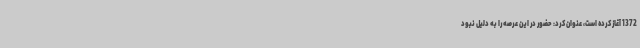
1372 آغاز کرده ‌است، عنوان کرد: حضور در این عرصه را به دلیل نبود